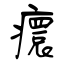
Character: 癏